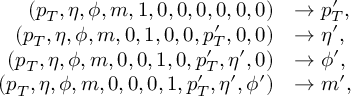
\begin{array} { r l } { ( p _ { T } , \eta , \phi , m , 1 , 0 , 0 , 0 , 0 , 0 , 0 ) } & { \rightarrow p _ { T } ^ { \prime } , } \\ { ( p _ { T } , \eta , \phi , m , 0 , 1 , 0 , 0 , p _ { T } ^ { \prime } , 0 , 0 ) } & { \rightarrow \eta ^ { \prime } , } \\ { ( p _ { T } , \eta , \phi , m , 0 , 0 , 1 , 0 , p _ { T } ^ { \prime } , \eta ^ { \prime } , 0 ) } & { \rightarrow \phi ^ { \prime } , } \\ { ( p _ { T } , \eta , \phi , m , 0 , 0 , 0 , 1 , p _ { T } ^ { \prime } , \eta ^ { \prime } , \phi ^ { \prime } ) } & { \rightarrow m ^ { \prime } , } \end{array}